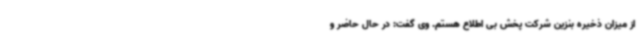
از میزان ذخیره بنزین شرکت پخش بی اطلاع هستم. وی گفت: در حال حاضر و